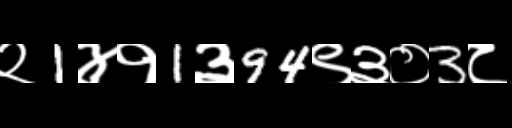
Text: २1४१1३94९३०3८